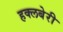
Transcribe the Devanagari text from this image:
हक्लबेरी